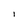
Character: I